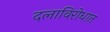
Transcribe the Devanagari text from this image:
दलाविरोधात